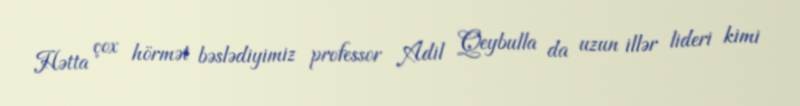
Hətta çox hörmət bəslədiyimiz professor Adil Qeybulla da uzun illər lideri kimi